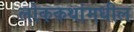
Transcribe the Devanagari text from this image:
लोककथांमधील